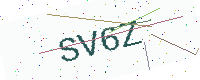
Text: SV6Z